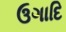
ઉગાદિ